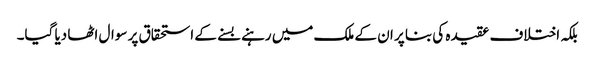
بلکہ اختلاف عقیدہ کی بنا پر ان کے ملک میں رہنے بسنے کے استحقاق پر سوال اٹھا دیا گیا۔